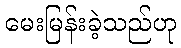
မေးမြန်းခဲ့သည်ဟု